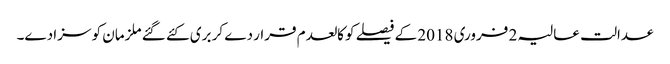
عدالت عالیہ 2 فروری 2018 کے فیصلے کو کالعدم قرار دے کر بری کئے گئے ملزمان کو سزا دے۔